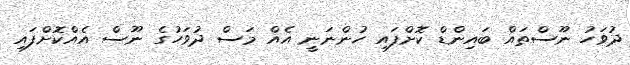
ދުވަހު ނޫސްތައް ބައިންޑް ކޮށްފައި ހުންނަނީ އެއް މަސް ދުވަހުގެ ނޫސް އެއްކޮށްފައި